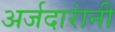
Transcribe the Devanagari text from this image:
अर्जदारांनी